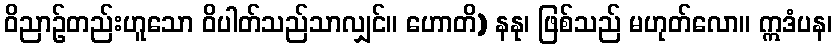
ဝိညာဉ်တည်းဟူသော ဝိပါတ်သည်သာလျှင်။ ဟောတိ) နနု၊ ဖြစ်သည် မဟုတ်လော။ ဣဒံပန၊